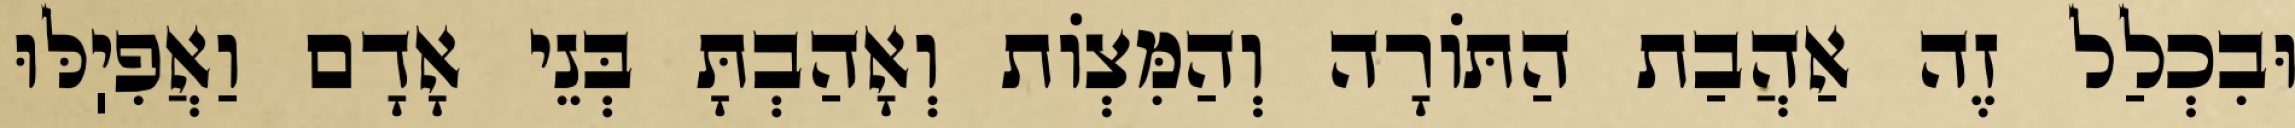
וּבִכְלַל זֶה אַהֲבַת הַתּוֹרָה וְהַמִּצְוֹת וְאָהַבְתָּ בְּנֵי אָדָם וַאֲפִיֽלּוּ